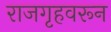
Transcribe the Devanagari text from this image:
राजगृहवरून